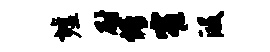
墟尉情窄段